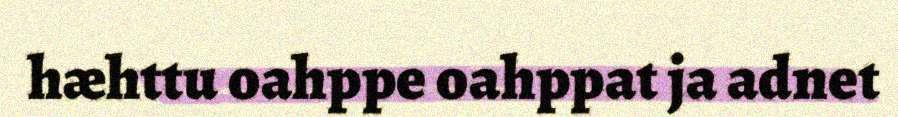
hæhttu oahppe oahppat ja adnet